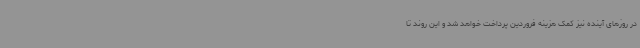
در روزهای آینده نیز کمک هزینه فروردین پرداخت خواهد شد و این روند تا